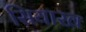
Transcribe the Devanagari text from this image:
सियाख